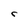
Character: r